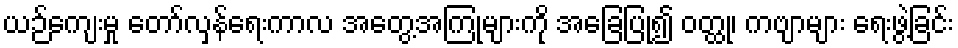
ယဉ်ကျေးမှု တော်လှန်ရေးကာလ အတွေ့အကြုံများကို အခြေပြု၍ ဝတ္ထု၊ ကဗျာများ ရေးဖွဲ့ခြင်း